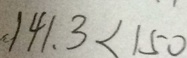
1 4 1 . 3 < 1 5 0